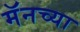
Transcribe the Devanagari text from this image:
मॅनच्या